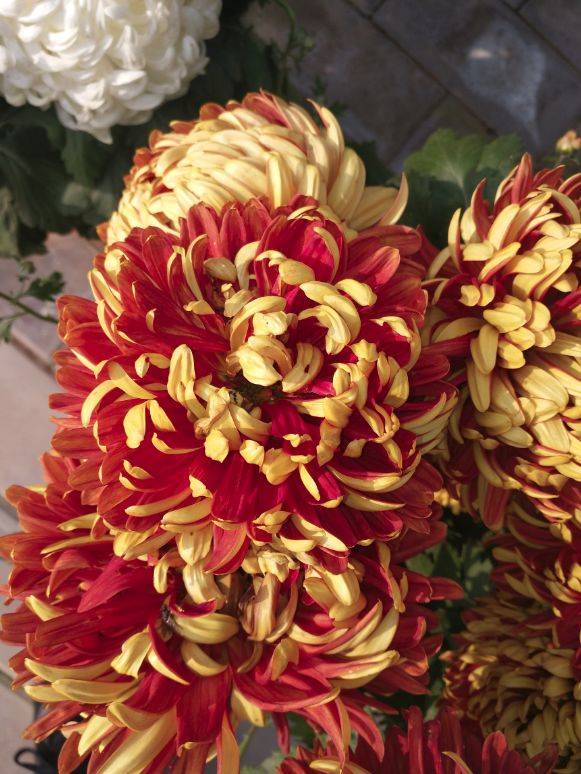
采采黄金花，何由满衣袖。